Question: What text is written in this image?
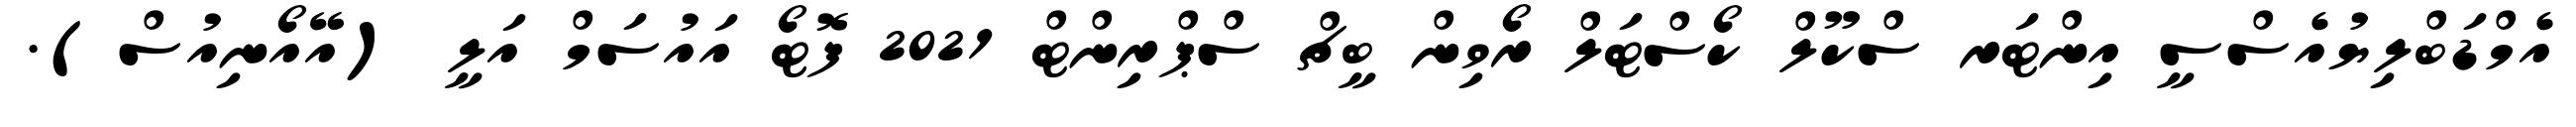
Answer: އެމްޑަބްލިޔުއެސްސީ އިންޓަރ ސްކޫލް ކޯސްޓަލް ރޯވިން ބީޗް ސްޕްރިންޓް 2021 ފޮޓޯ އައުސަމް އަލީ (އޭއޯނިއުސް).